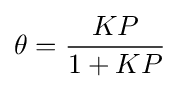
\theta ={\frac {KP}{1+KP}}